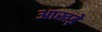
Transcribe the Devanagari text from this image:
आखड़े